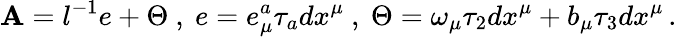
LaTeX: \mathbf{A}=l^{-1}e+\Theta\ ,\ e=e_{\mu}^{a}\tau_{a}dx^{\mu}\ ,\ \Theta=\omega_{\mu}\tau_{2}dx^{\mu}+b_{\mu}\tau_{3}dx^{\mu}\, .